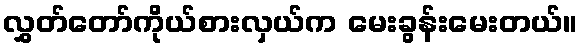
လွှတ်တော်ကိုယ်စားလှယ်က မေးခွန်းမေးတယ်။